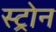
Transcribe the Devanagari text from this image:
स्ट्रोन